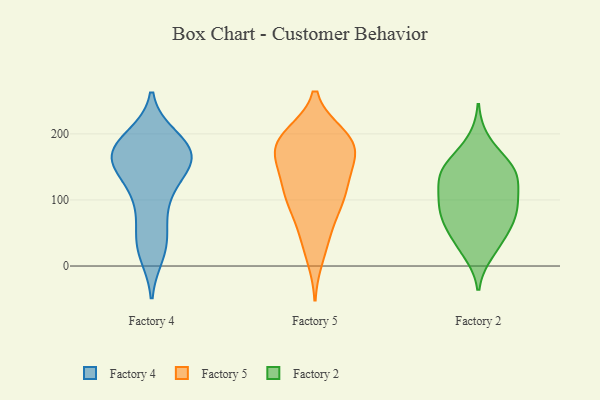
{"axis": {"x": "Backlog", "y": "Value"}, "legend": ["Factory 2", "Factory 4", "Factory 5"], "data": [{"x": "", "y": 174, "type": "Factory 4"}, {"x": "", "y": 148, "type": "Factory 4"}, {"x": "", "y": 20, "type": "Factory 4"}, {"x": "", "y": 179, "type": "Factory 4"}, {"x": "", "y": 170, "type": "Factory 4"}, {"x": "", "y": 194, "type": "Factory 4"}, {"x": "", "y": 107, "type": "Factory 4"}, {"x": "", "y": 183, "type": "Factory 4"}, {"x": "", "y": 49, "type": "Factory 4"}, {"x": "", "y": 166, "type": "Factory 4"}, {"x": "", "y": 35, "type": "Factory 4"}, {"x": "", "y": 151, "type": "Factory 4"}, {"x": "", "y": 189, "type": "Factory 4"}, {"x": "", "y": 108, "type": "Factory 4"}, {"x": "", "y": 158, "type": "Factory 4"}, {"x": "", "y": 27, "type": "Factory 4"}, {"x": "", "y": 88, "type": "Factory 4"}, {"x": "", "y": 156, "type": "Factory 4"}, {"x": "", "y": 158, "type": "Factory 4"}, {"x": "", "y": 171, "type": "Factory 5"}, {"x": "", "y": 99, "type": "Factory 5"}, {"x": "", "y": 181, "type": "Factory 5"}, {"x": "", "y": 198, "type": "Factory 5"}, {"x": "", "y": 104, "type": "Factory 5"}, {"x": "", "y": 118, "type": "Factory 5"}, {"x": "", "y": 187, "type": "Factory 5"}, {"x": "", "y": 127, "type": "Factory 5"}, {"x": "", "y": 152, "type": "Factory 5"}, {"x": "", "y": 196, "type": "Factory 5"}, {"x": "", "y": 42, "type": "Factory 5"}, {"x": "", "y": 193, "type": "Factory 5"}, {"x": "", "y": 192, "type": "Factory 5"}, {"x": "", "y": 14, "type": "Factory 5"}, {"x": "", "y": 111, "type": "Factory 5"}, {"x": "", "y": 164, "type": "Factory 5"}, {"x": "", "y": 87, "type": "Factory 5"}, {"x": "", "y": 158, "type": "Factory 5"}, {"x": "", "y": 58, "type": "Factory 5"}, {"x": "", "y": 111, "type": "Factory 2"}, {"x": "", "y": 85, "type": "Factory 2"}, {"x": "", "y": 146, "type": "Factory 2"}, {"x": "", "y": 122, "type": "Factory 2"}, {"x": "", "y": 188, "type": "Factory 2"}, {"x": "", "y": 105, "type": "Factory 2"}, {"x": "", "y": 32, "type": "Factory 2"}, {"x": "", "y": 74, "type": "Factory 2"}, {"x": "", "y": 141, "type": "Factory 2"}, {"x": "", "y": 79, "type": "Factory 2"}, {"x": "", "y": 85, "type": "Factory 2"}, {"x": "", "y": 142, "type": "Factory 2"}, {"x": "", "y": 21, "type": "Factory 2"}, {"x": "", "y": 44, "type": "Factory 2"}, {"x": "", "y": 153, "type": "Factory 2"}, {"x": "", "y": 62, "type": "Factory 2"}, {"x": "", "y": 149, "type": "Factory 2"}]}